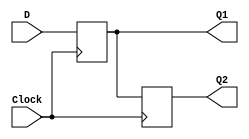
/* pg 392 - 2 cascaded flip flops */

module bm_DL_2_cascaded_flip_flops(D, Clock, Q1, Q2);
	input D, Clock;
	output Q1, Q2;
	reg Q1, Q2;
	
	always @(posedge Clock)
	begin
		Q1 <= D;
		Q2 <= Q1;
	end
	
endmodule